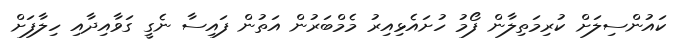
ކައުންސިލަށް ކުރިމަތިލާން ފޯމު ހުށައެޅިއިރު މެމްބަރުން އަތުން ފައިސާ ނެގީ ގަވާއިދާއި ހިލާފަށް